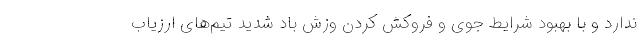
ندارد و با بهبود شرایط جوی و فروکش کردن وزش باد شدید تیم‌های ارزیاب